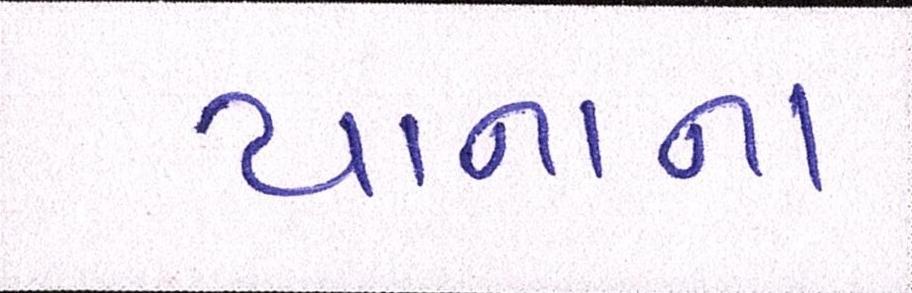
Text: યાનાના